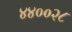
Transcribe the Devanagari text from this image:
४४००२८